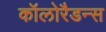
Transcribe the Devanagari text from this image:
कॉलोरैडन्स